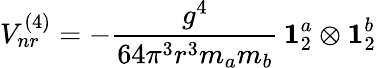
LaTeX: V_{nr}^{(4)}=-\frac{g^{4}}{64\pi^{3}r^{3}m_{a}m_{b}}\, {\mathbf 1}_{2}^{a}\otimes{\mathbf 1}_{2}^{b}